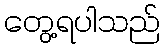
တွေ့ရပါသည်